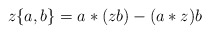
\begin{align*}z\{a,b\}=a*(zb)-(a*z)b\end{align*}